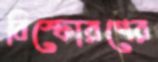
বিস্ফোরণের